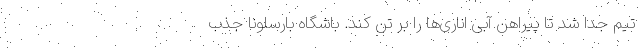
تیم جدا شد تا پیراهن آبی اناری‌ها را بر تن کند. باشگاه بارسلونا جذب